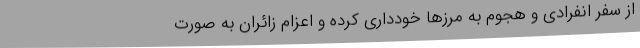
از سفر انفرادی و هجوم به مرزها خودداری کرده و اعزام زائران به صورت